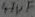
Text: 47µF